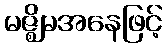
မဇ္ဈိမအနေဖြင့်